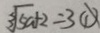
3 \sqrt { 5 a } + 2 = 3 \textcircled { 1 }